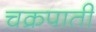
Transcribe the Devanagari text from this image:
चक्रपाती